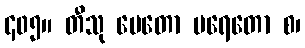
၄၀၅။ တီသု ပေတော ပရေတော စ၊